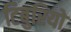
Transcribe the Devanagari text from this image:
टिबुरियो